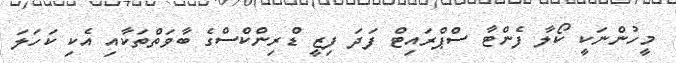
މީހުންނަކީ ކޯލާ ފެންޓާ ސްޕްރައިޓް ފަދަ ފިޒީ ޑްރިންކްސްގެ ބާވަތްތަކާއި އެކި ކަހަލަ